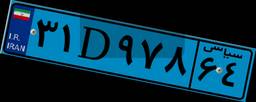
۴۵D۶۴۵۷۳